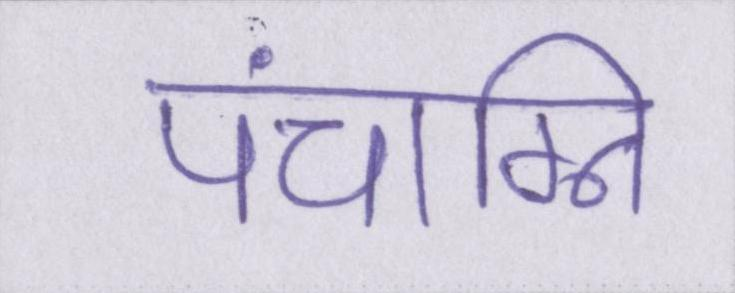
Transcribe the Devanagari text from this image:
पंचाग्नि